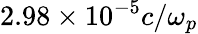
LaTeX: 2.98\times 10^{-5}c/\omega_{p}